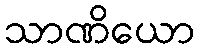
သာဏိယော